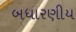
બધારણીય